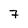
Character: 7